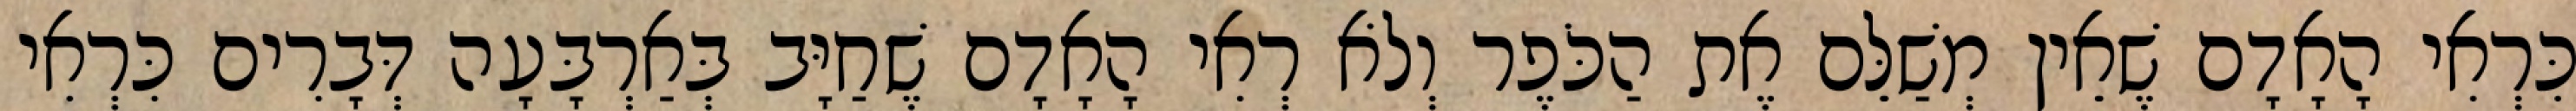
כִּרְאִי הָאָדָם שֶׁאֵין מְשַׁלֵּם אֶת הַכֹּפֶר וְלֹא רְאִי הָאָדָם שֶׁחַיָּב בְּאַרְבָּעָה דְּבָרִים כִּרְאִי